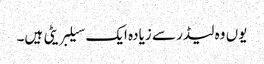
یوں وہ لیڈر سے زیادہ ایک سیلبریٹی ہیں۔